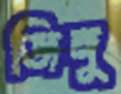
জিঙ্গু